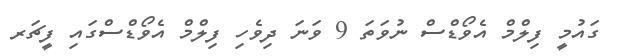
ގައުމީ ފިލްމް އެވޯޑްސް ނުވަތަ 9 ވަނަ ދިވެހި ފިލްމް އެވޯޑްސްގައި ފީޗަރ